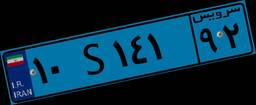
۲۶S۲۷۰۱۹